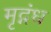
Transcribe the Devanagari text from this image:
मृद्गंध